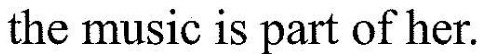
the music is part of her.